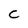
Character: c